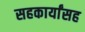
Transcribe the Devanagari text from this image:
सहकार्यांसह